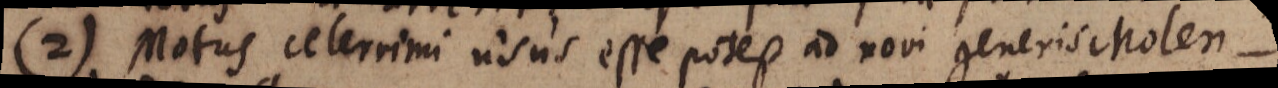
(2) Motus celerrimi usus esse potest ad novi generis Molen-